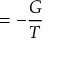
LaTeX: = - { \frac { G } { T } }